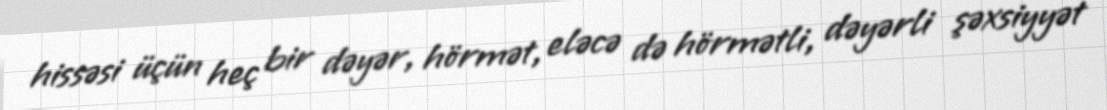
hissəsi üçün heç bir dəyər, hörmət, eləcə də hörmətli, dəyərli şəxsiyyət